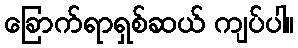
ခြောက်ရာရှစ်ဆယ် ကျပ်ပါ။